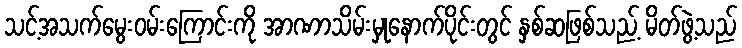
သင့်အသက်မွေးဝမ်းကြောင်းကို အာဏာသိမ်းမှုနောက်ပိုင်းတွင် နှစ်ဆဖြစ်သည့် မိတ်ဖွဲ့သည်